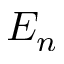
E _ { n }